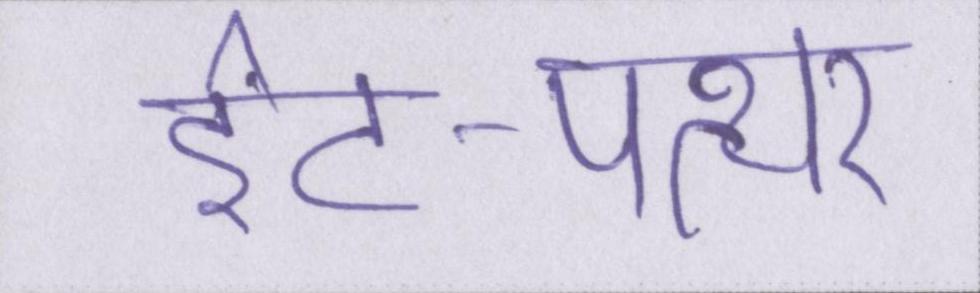
ईंट-पत्थर